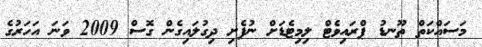
މަސައްކަތް ތޫނޑު ޕްރައިވެޓް ލިމިޓެޑަށް ނުފެށި ދިގުލައިގެން ގޮސް 2009 ވަނަ އަހަރުގެ